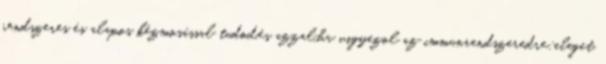
rendszeres és alapos kézmosással tudod,és azzal,ha vigyázol az immunrendszeredre:eleget